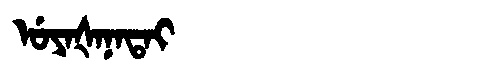
Manchu: ᡠᠶᠠᡧᠠᠨᠠᡨᠠᡳ
Romanization: UYAŠANATAI